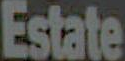
Estate